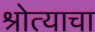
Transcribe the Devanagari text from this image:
श्रोत्याचा